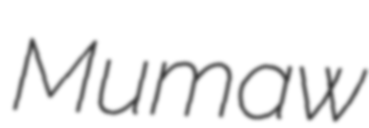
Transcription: Mumaw